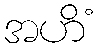
အဟိံ